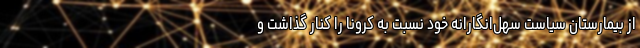
از بیمارستان سیاست سهل‌انگارانه خود نسبت به کرونا را کنار گذاشت و